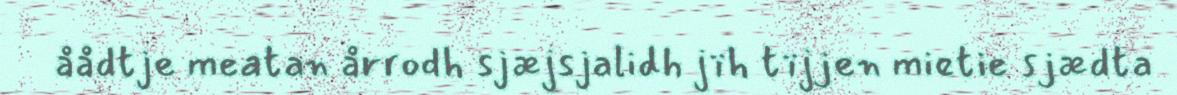
åådtje meatan årrodh sjæjsjalidh jïh tïjjen mietie sjædta